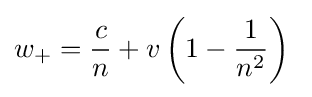
w_{+}={\frac {c}{n}}+v\left(1-{\frac {1}{n^{2}}}\right)\